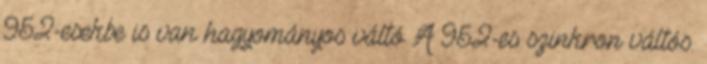
952-esekbe is van hagyományos váltó A 952-es szinkron váltós.